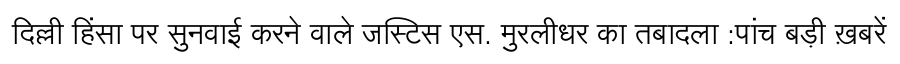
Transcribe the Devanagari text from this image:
दिल्ली हिंसा पर सुनवाई करने वाले जस्टिस एस. मुरलीधर का तबादला :पांच बड़ी ख़बरें